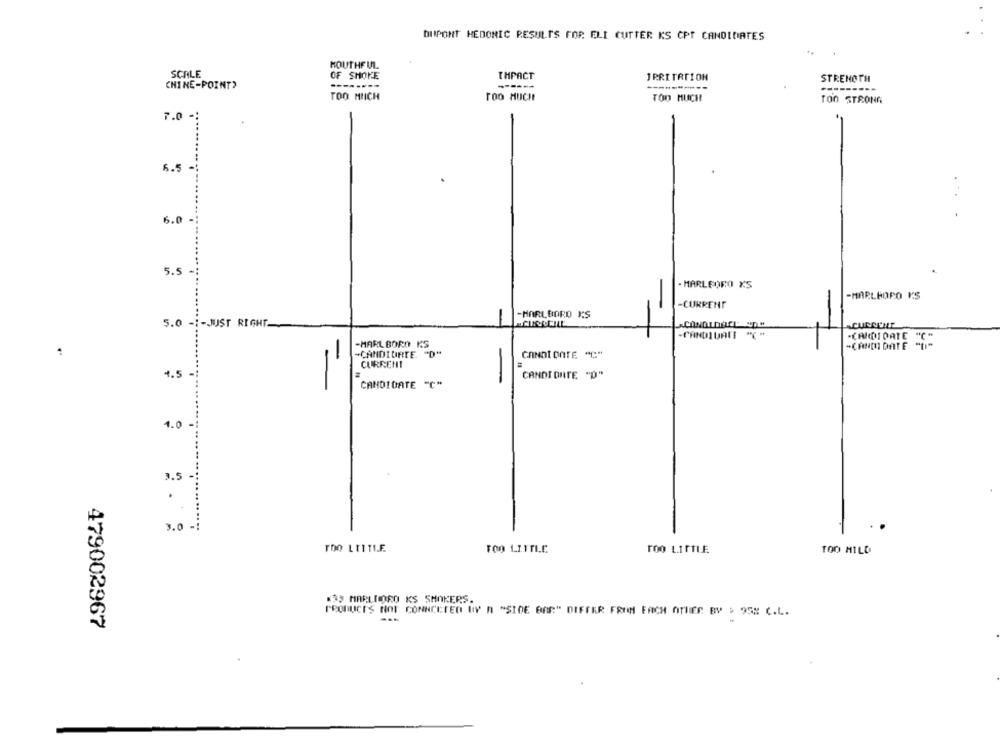
DUPONT HEDONIC RESULTS FOR. ELI CUTTER KS CPT CANDIDATES
MOUTHFUL
SCALE
OF SHORE
THPACT
IRRITATION
STRENGTH
CHINE-POINT)
TOO MIICH
Too MUCH
TOO MUCH
TOO STRONG
7.0 4:
6.5 -
6.0
5.5
. MARLEORO KS
-MARLBORO V'S
-CURRENT
-MARLBORO KS
5.0 -: - JUST RIGHT.
-CANDIDATI "* "
-CANDIDATE "C"
-MARLBORO KS
-CANM DATE "LI"
"CANDIURTE. "D"
-
CANDIDATE "C"
CURRENT
1.5
CANDI DATE "D"
CANDIDATE "C"
1.0-
3.5
.
3.0 -:
TOO LITTLE
TOO LITTLE
TOO LITTLE
TOO HILD
:35 MARLIRO KS SMOKERS.
PRODUCTS NOT CONNECTED NY n "SIDE BAR" DIFFER FROM EACH OTHER BV > 95# C.L.
479002967